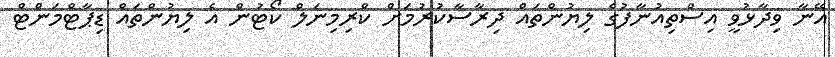
އޭނާ ވިދާޅުވީ އިސްތިއުނާފުގެ ލިޔުންތައް ދިރާސާކުރުމަށް ކްރިމިނަލް ކޯޓުން އެ ލިޔުންތައް ޑިޕާޓްމަންޓް